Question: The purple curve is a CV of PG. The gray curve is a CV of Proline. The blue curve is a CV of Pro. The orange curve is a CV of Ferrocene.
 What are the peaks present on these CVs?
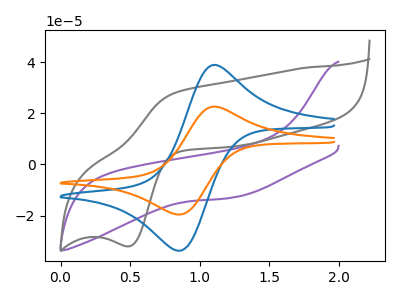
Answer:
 <answer>The purple curve "PG" has no peaks. The gray curve "Proline" has an anodic peak at (0.80V, 27.95uA) and a cathodic peak at (0.50V, -32.00uA). The blue curve "Pro" has an anodic peak at (1.10V, 38.85uA) and a cathodic peak at (0.85V, -33.75uA). The orange curve "Ferrocene" has an anodic peak at (1.10V, 22.55uA) and a cathodic peak at (0.85V, -19.60uA).</answer>
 <eval></eval>